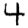
Digit: 4